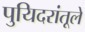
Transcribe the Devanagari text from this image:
पुयिदरांतूले